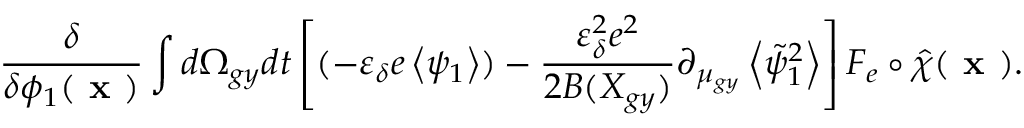
\frac { \delta } { \delta \phi _ { 1 } ( \textbf { x } ) } \int d \Omega _ { g y } d t \left[ ( - \varepsilon _ { \delta } e \left\langle \psi _ { 1 } \right\rangle ) - \frac { \varepsilon _ { \delta } ^ { 2 } e ^ { 2 } } { 2 B ( X _ { g y } ) } \partial _ { \mu _ { g y } } \left\langle \tilde { \psi } _ { 1 } ^ { 2 } \right\rangle \right] F _ { e } \circ \hat { \chi } ( \textbf { x } ) .